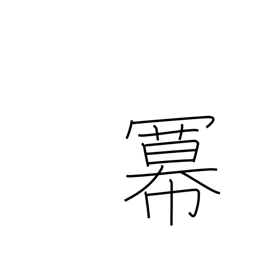
Meaning: exponent